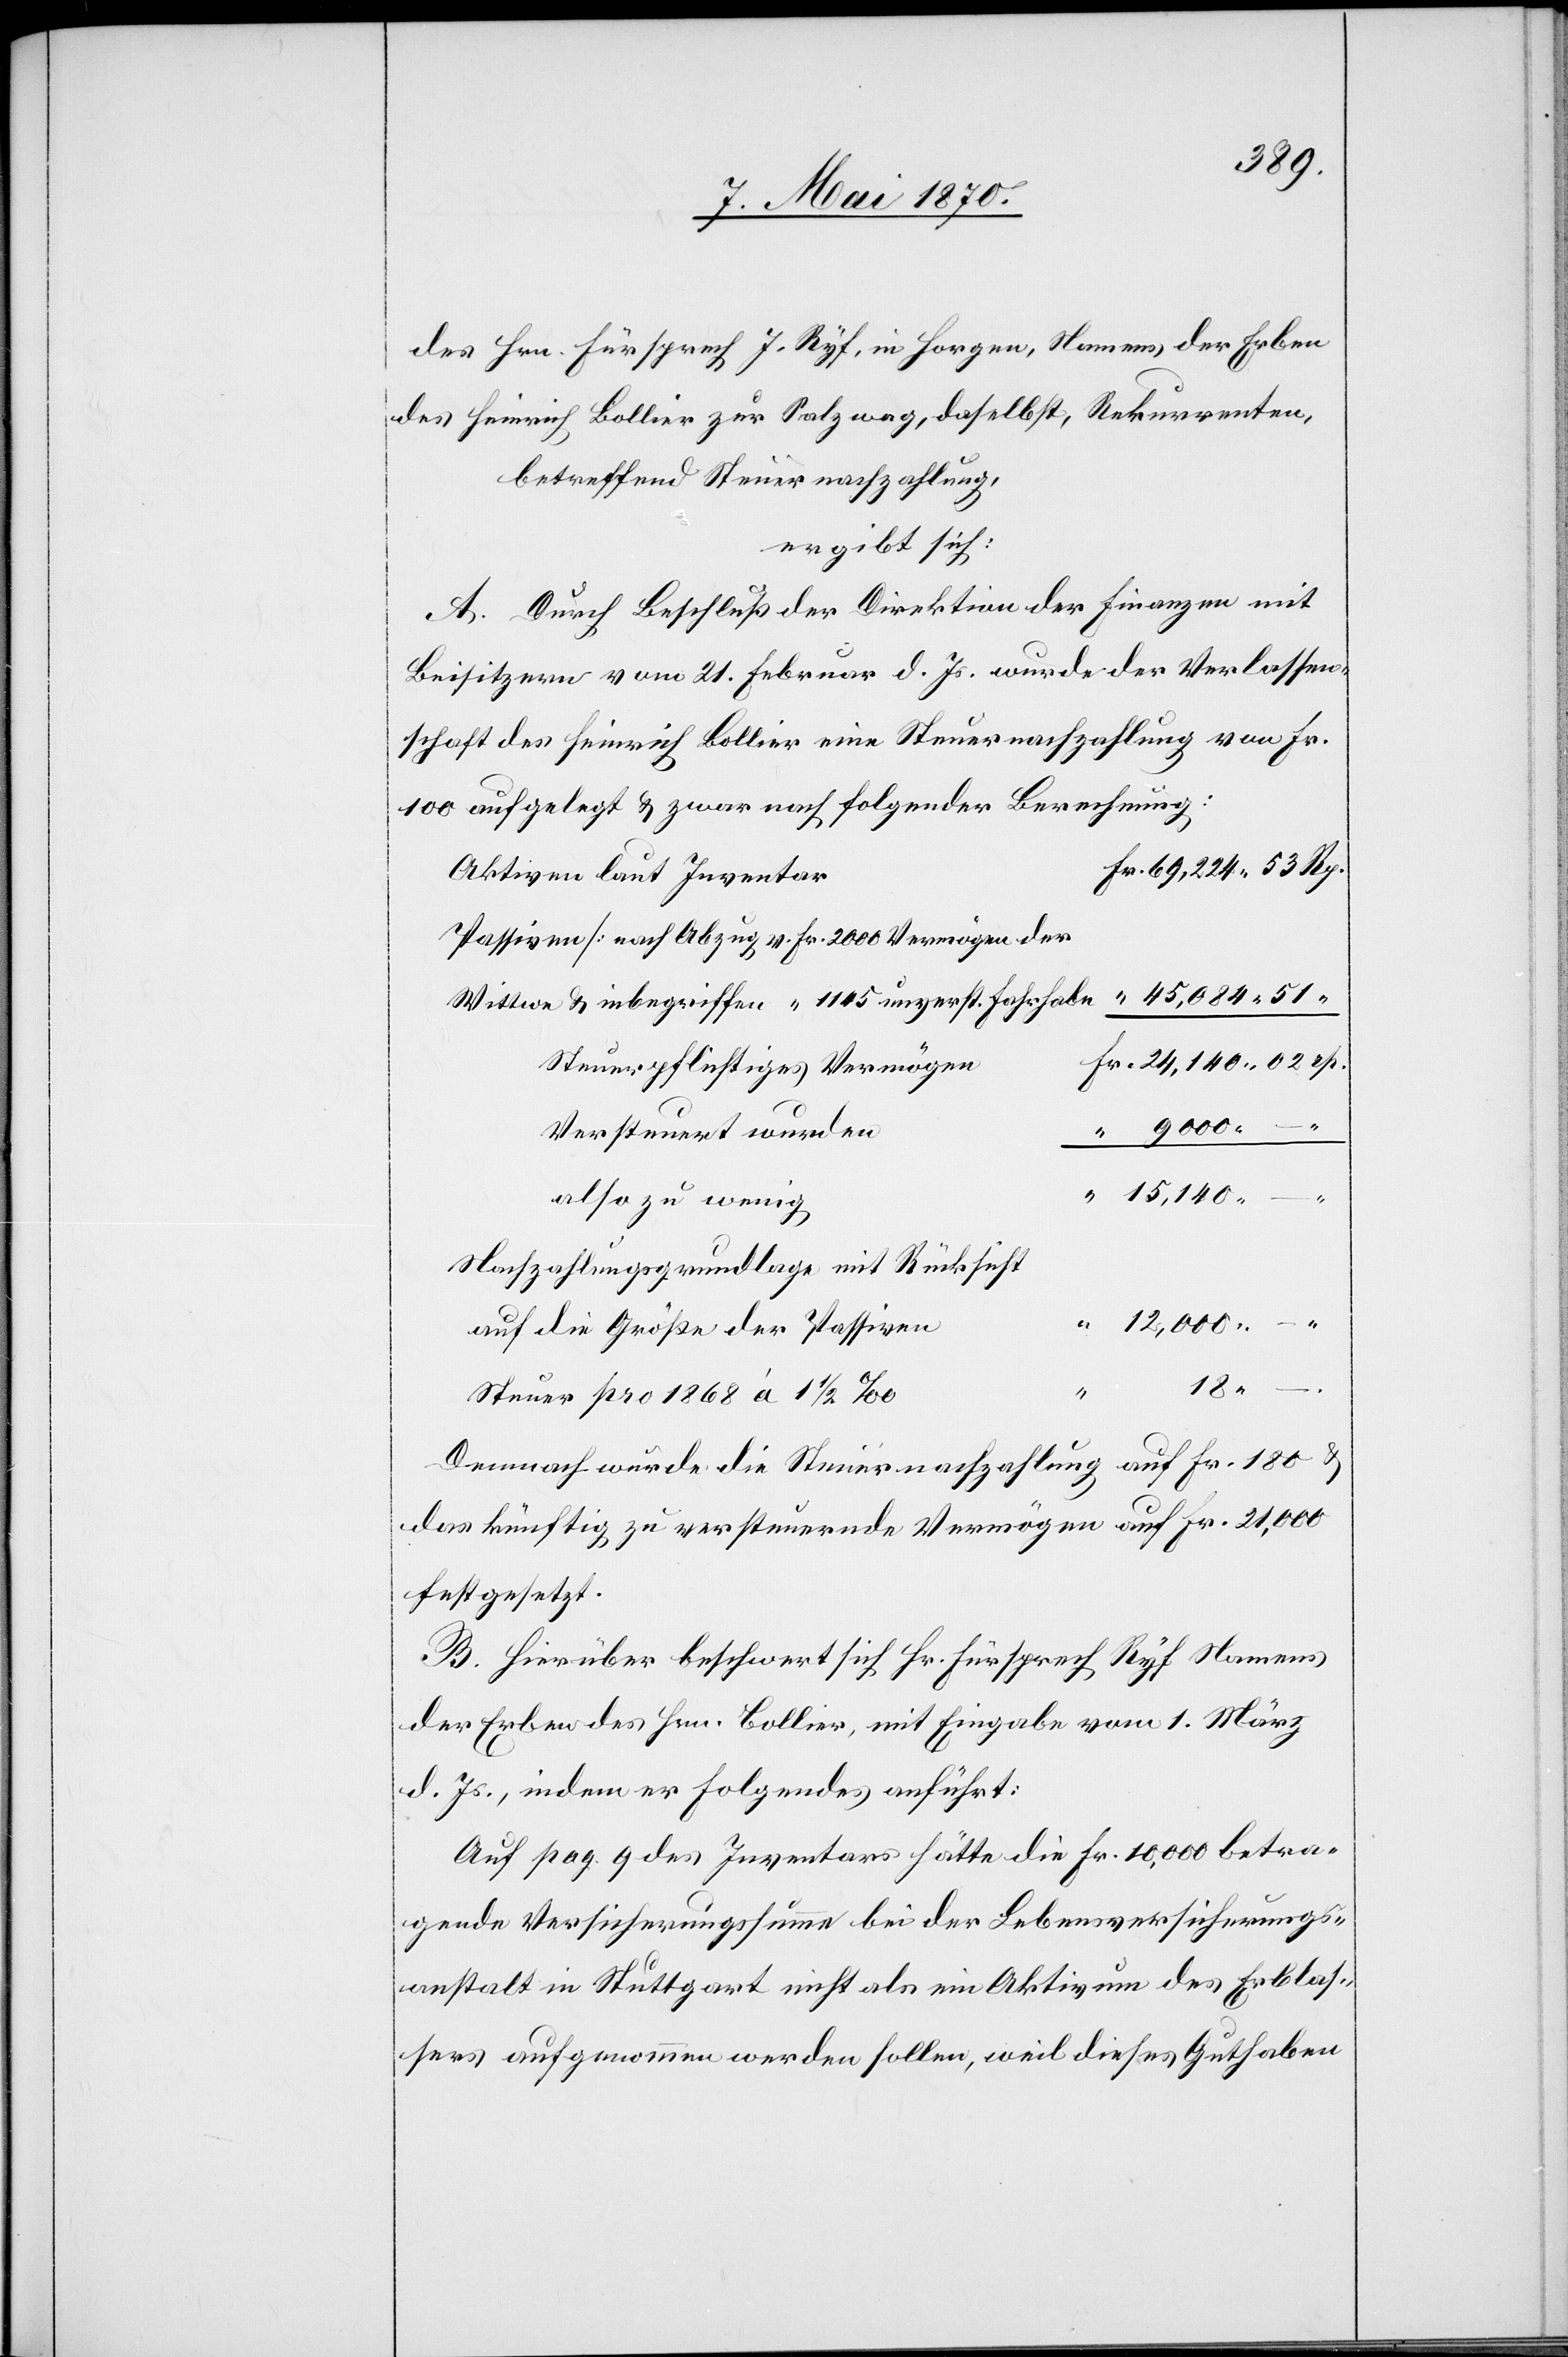
des Hrn. Fürsprech J. Ryf, in Horgen, Namens der Erben
des Heinrich Bollier zur Salzwag [sic!], daselbst, Rekurrenten
betreffend Steuernachzahlung,
ergibt sich:
A. Durch Beschluß des Direktion der Finanzen mit
Beisitzern vom 21. Februar d. Js. wurde der Verlassen¬
schaft des Heinrich Bollier eine Steuernachzahlung von Fr.
100 aufgelegt & zwar nach folgender Berechnung:
Aktiven laut Inventar
Passiven [nach Abzug v. Fr. 2000 Vermögen der
45,084.51
Wittwe & inbegriffen “ 1145 unverst. Fahrhab¬
Steuerpflichtiges Vermögen
Versteuert wurden
also zu wenig
Nachzahlungsgrundlage mit Rücksicht
“
12,000. –
auf die Größe der Passiven
18.
Steuer pro 1868 à 1 1/2‰
Demnach wurde die Steuernachzahlung auf Fr. 180 &
das künftig zu versteuernde Vermögen auf Fr. 21,000
festgesetzt.
B. Hierüber beschwert sich Hr. Fürsprech Ryf Namens
der Erben des Hrn. Bollier, mit Eingabe vom 1. März
d. Js., indem er Folgendes anführt:
Auf pag. 9 des Inventars hätte die Fr. 10,000 betra¬
gende Versicherungssumme bei der Lebensversicherungs¬
anstalt in Stuttgart nicht als ein Aktivum des Erblas¬
sers aufgenommen werden sollen, weil dieses Guthaben